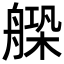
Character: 𦩺